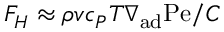
F _ { H } \approx \rho v c _ { P } T \nabla _ { \mathrm { a d } } \mathrm { P e } / C